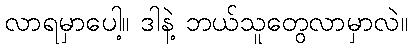
လာရမှာပေါ့။ ဒါနဲ့ ဘယ်သူတွေလာမှာလဲ။